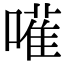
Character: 𠿅